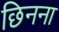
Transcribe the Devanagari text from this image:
छिनना